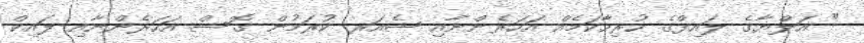
" އަލްޔާގެ ލައިފްގެ ހުރިހާކަމެއް އަހަރެންނާއި ޝެއަރ ކުރަމުން ގޮސް އަހަރެންނާއި ލައިކް